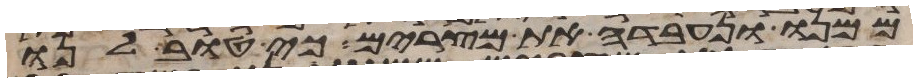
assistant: ממנו ונעבדה את מצרים כי טוב לנו